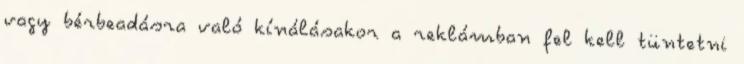
vagy bérbeadásra való kínálásakor a reklámban fel kell tüntetni